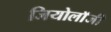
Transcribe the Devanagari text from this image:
जियोलाॅजी